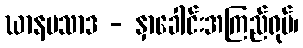
ဃာနပသာဒ - နှာခေါင်းအကြည်ရုပ်၊